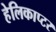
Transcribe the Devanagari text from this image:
हेलिकाप्‍टर